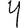
Digit: 4